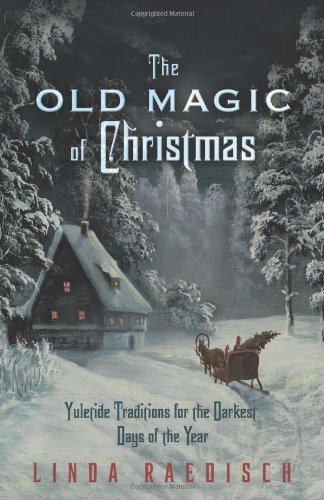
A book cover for The Old Magic of Christmas: Yuletide Traditions for the Darkest Days of the Year; Linda Raedisch; Politics & Social Sciences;